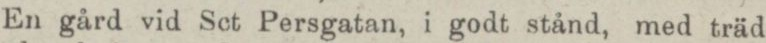
En gård vid Sct Persgatan, i godt stånd, med träd-